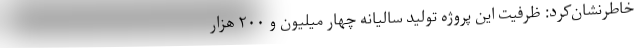
خاطرنشان‌کرد: ظرفیت این پروژه تولید سالیانه چهار میلیون و ۲۰۰ هزار